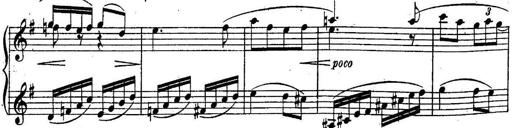
Title: Sonatine
Composer: Adrian Shaposhnikov
Key: E minor